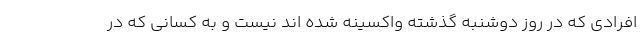
افرادی که در روز دوشنبه گذشته واکسینه شده اند نیست و به کسانی که در